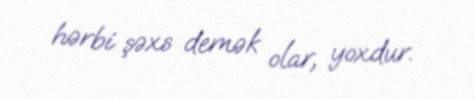
hərbi şəxs demək olar, yoxdur.